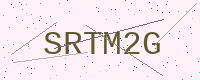
Text: SRTM2G